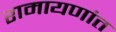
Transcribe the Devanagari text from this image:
रामायणांत